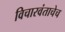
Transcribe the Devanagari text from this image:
विचारवंताचेच